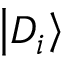
\left| D _ { i } \right>